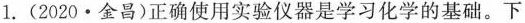
1.(2020\cdot 金昌)正确使用实验仪器是学习化学的基础。下